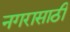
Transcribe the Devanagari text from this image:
नगरासाठी